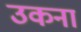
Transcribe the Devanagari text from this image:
उकना